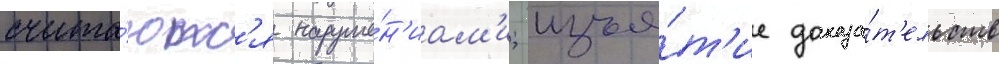
счита́ютс'я наруше́н'иам'и; изъя́т'ие доказа́т'ельств